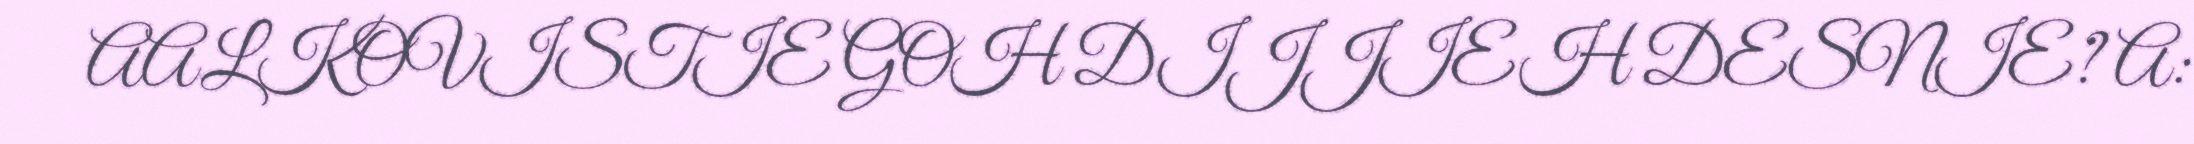
AALKOVISTIE GOH DIJJIEH DESNIE? A: